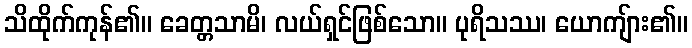
သိထိုက်ကုန်၏။ ခေတ္တသာမိ၊ လယ်ရှင်ဖြစ်သော။ ပုရိသဿ၊ ယောကျ်ား၏။